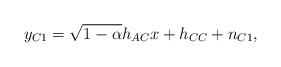
LaTeX: \begin{align*}y_{C1}=\sqrt{1-\alpha}h_{AC}x+ h_{CC}+n_{C1},\end{align*}